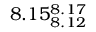
8 . 1 5 _ { 8 . 1 2 } ^ { 8 . 1 7 }